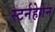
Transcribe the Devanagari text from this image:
स्टर्नहेगेन